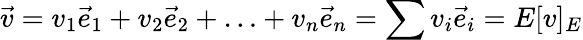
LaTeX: {\vec{v}}=v_{1}{\vec{e}}_{1}+v_{2}{\vec{e}}_{2}+\ldots+v_{n}{\vec{e}}_{n}=\sum v_{i}{\vec{e}}_{i}=E[v]_{E}